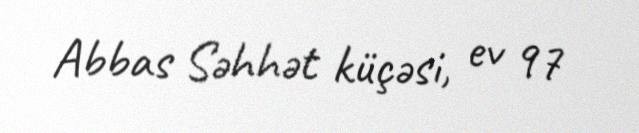
Abbas Səhhət küçəsi, ev 97